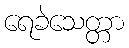
ရေခဲသေတ္တာ